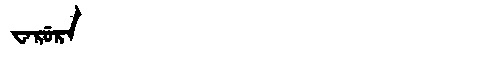
Manchu: ᠸᠠᡵᡠᡵᠠ
Romanization: WARURA